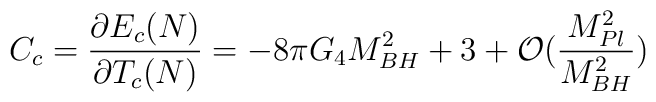
C_c=\frac{\partial E_c(N)}{\partial T_c(N)} = -8\pi G_4 M_{BH}^2+ 3 +{\cal O}\big(\frac{M_{Pl}^2}{M_{BH}^2}\big)